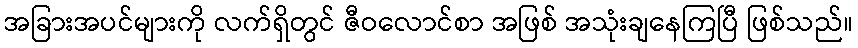
အခြားအပင်များကို လက်ရှိတွင် ဇီဝလောင်စာ အဖြစ် အသုံးချနေကြပြီ ဖြစ်သည်။